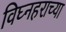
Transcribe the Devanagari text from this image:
विघ्नहराच्या